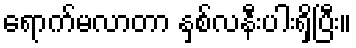
ရောက်မလာတာ နှစ်လနီးပါးရှိပြီး။